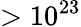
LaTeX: >10^{23}